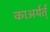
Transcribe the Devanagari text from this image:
काअर्यर्त्